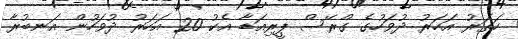
ހަތަރު އަހަރު ދުވަހުގެ ގްރޭސް ޕީރިއަޑާ އެކު 20 އަހަރު ދުވަހުން އަނބުރާ